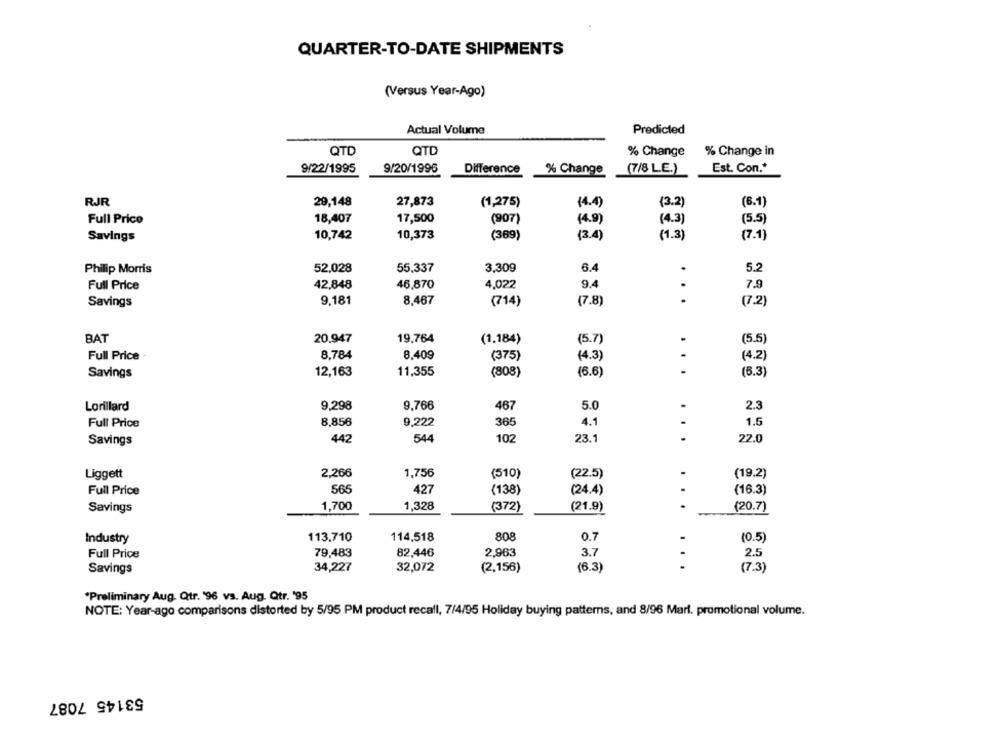
QUARTER-TO-DATE SHIPMENTS
(Versus Year-Ago)
Actual Volume
Predicted
QTD
QTD
% Change
% Change in
9/22/1995
9/20/1996
Difference
% Change
Est. Con."
(7/8 L.E.)
RJR
29,148
27,873
(1,275)
(4.4)
(3.2)
(6.1)
Full Price
18,407
17,500
(907)
(4.9)
(4.3)
(5.5)
Savings
10,742
10,373
(369)
(3.4)
(1.3)
(7.1)
52,028
55,337
3,309
6.4
5.2
Philip Morris
Full Price
42,848
46,870
4,022
9.4
7.9
Savings
9.181
8,467
(714)
(7.8)
. .
(7.2)
BAT
20.947
19.764
(1.184)
(5.7)
.
(5.5)
Full Price
8,784
8.409
(375)
(4.3)
.
(4.2)
12,163
11,355
(6.6)
.
(6.3)
Savings
(808)
Lorillard
9,298
9,766
467
5.0
2.3
Full Price
8,856
0,222
366
4.1
1.5
102
23.
Savings
442
544
22.0
Liggett
2,266
1,756
(510)
(22.5)
(19.2)
Full Price
565
427
(138)
(24.4)
(16.3)
.
Savings
1,700
1,328
(372)
(21.9)
(20.7)
Industry
113.710
114,518
808
0.7
(0.5)
Full Price
79,483
82,446
2.963
3.7
2.5
...
Savings
34,227
32,072
(2,156)
(6.3)
(7.3)
"Preliminary Aug. Qtr. '96 vs. Aug. Qtr. '95
NOTE: Year-ago comparisons distorted by 5/95 PM product recall, 7/4/95 Holiday buying patterns, and 8/96 Mart. promotional volume.
53145 7087